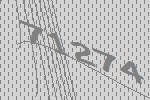
71274